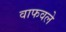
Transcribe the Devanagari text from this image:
वाफवले